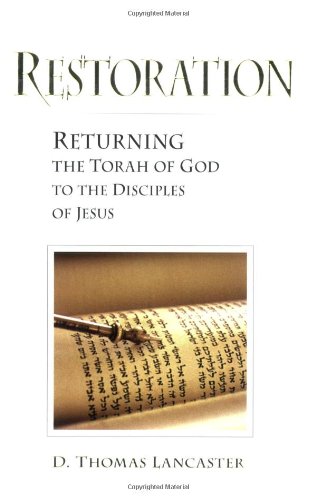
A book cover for Restoration: Returning the Torah of God to the Disciples of Jesus; D. Thomas Lancaster; Christian Books & Bibles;